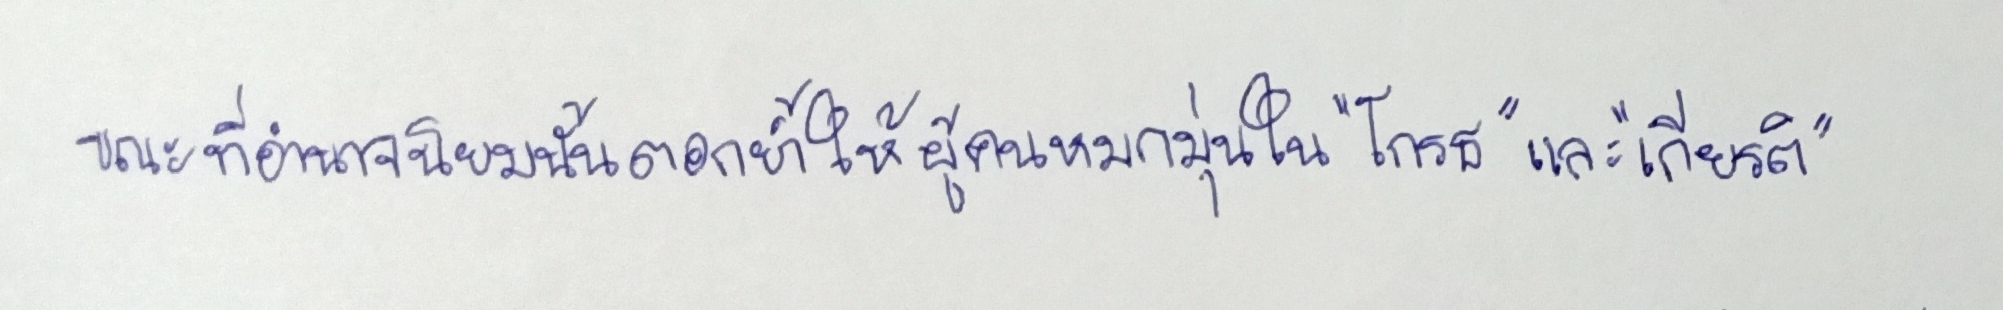
ขณะที่อำนาจนิยมนั้นตอกย้ำให้ผู้คนหมกมุ่นใน"โกรธ"และ"เกียรติ"